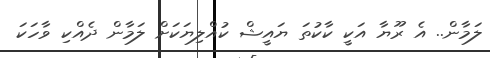
ލަމާން.. އެ ރޫޔާ އަކީ ކާކުތަ ޔައީޝް ކުއްލިޔަކަށް ލަމާން ދެއްކި ވާހަކަ